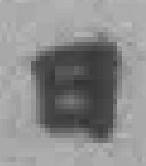
日